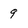
Character: 9